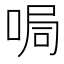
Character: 𠵑